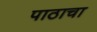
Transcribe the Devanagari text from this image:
पाठाचा